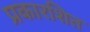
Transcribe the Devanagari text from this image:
प्रकारशित